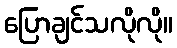
ပြောချင်သလိုလို။